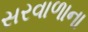
સરવાળાના